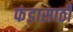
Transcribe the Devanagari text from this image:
फंडासाठी